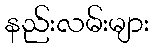
နည်းလမ်းများ